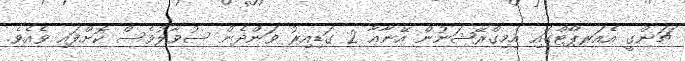
ޗަންގީ އެއަރޕޯޓްގައި އިމިގްރޭޝަނުން އޭނާއާ 2 ގަޑިއިރު ވަންދެން ސުވާލުވެސް ކޮށްފައި ވެއެވެ.